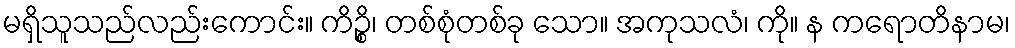
မရှိသူသည်လည်းကောင်း။ ကိဉ္စိ၊ တစ်စုံတစ်ခု သော။ အကုသလံ၊ ကို။ န ကရောတိနာမ၊